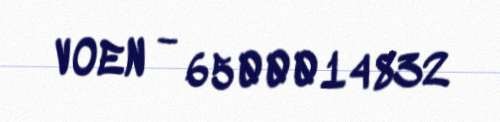
VOEN - 6500014832